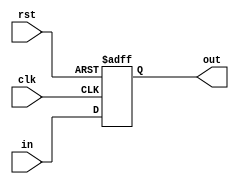
module Reg5(clk, rst, in, out);
input clk, rst;
input [4:0] in;
output reg [4:0] out;

    always @(posedge clk , posedge rst) begin
        if(rst == 1'b1)
            out <= 5'b0;
        else
            out <= in;
    end

endmodule